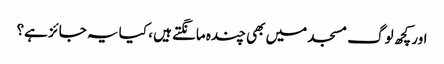
اور کچھ لوگ مسجد میں بھی چندہ مانگتے ہیں ، کیا یہ جائز ہے؟